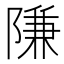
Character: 隒